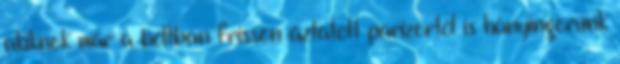
akiknek már a boltban frissen áztatott parizertől is hányingerünk